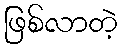
ဖြစ်လာတဲ့